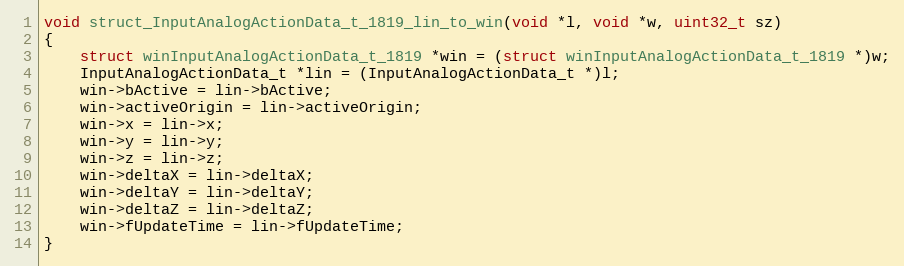
Language: C++
void struct_InputAnalogActionData_t_1819_lin_to_win(void *l, void *w, uint32_t sz)
{
    struct winInputAnalogActionData_t_1819 *win = (struct winInputAnalogActionData_t_1819 *)w;
    InputAnalogActionData_t *lin = (InputAnalogActionData_t *)l;
    win->bActive = lin->bActive;
    win->activeOrigin = lin->activeOrigin;
    win->x = lin->x;
    win->y = lin->y;
    win->z = lin->z;
    win->deltaX = lin->deltaX;
    win->deltaY = lin->deltaY;
    win->deltaZ = lin->deltaZ;
    win->fUpdateTime = lin->fUpdateTime;
}